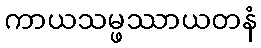
ကာယသမ္ဖဿာယတနံ